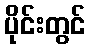
ပိုင်းတွင်